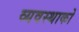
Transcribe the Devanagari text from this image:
व्यवस्थाको